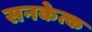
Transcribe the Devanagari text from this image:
सनकेत्क